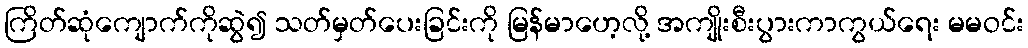
ကြိတ်ဆုံကျောက်ကိုဆွဲ၍ သတ်မှတ်ပေးခြင်းကို မြန်မာဟေ့လို့ အကျိုးစီးပွားကာကွယ်ရေး မမဝင်း